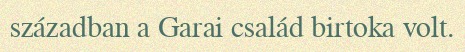
században a Garai család birtoka volt.